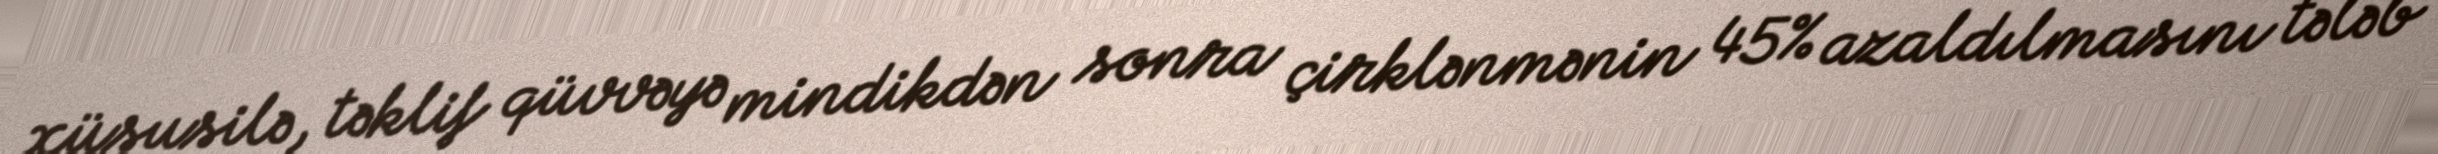
xüsusilə, təklif qüvvəyə mindikdən sonra çirklənmənin 45% azaldılmasını tələb